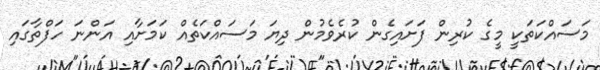
މަސައްކަތަކީ މީގެ ކުރިން ފަށައިގެން ކުރެވެމުން ދިޔަ މަސައްކަތެއް ކަމަށާއި އަންނަ ހަފްތާގައި